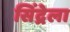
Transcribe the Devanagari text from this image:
सिंद्रेला